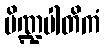
ပိဏ္ဍပါတိကံ